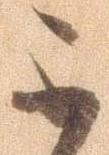
不